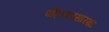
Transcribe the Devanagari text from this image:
पहिल्यासारखा